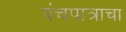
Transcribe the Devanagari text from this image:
पंचपात्राचा